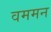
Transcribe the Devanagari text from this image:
वममन